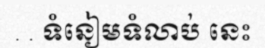
. . ទំនៀមទំលាប់ នេះ